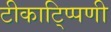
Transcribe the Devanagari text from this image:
टीकाटि्प्पणी